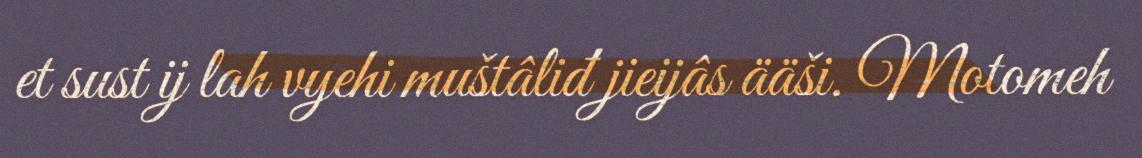
et sust ij lah vyehi muštâliđ jieijâs ääši. Motomeh